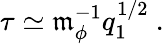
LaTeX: \tau\simeq\mathfrak{m}_{\phi}^{-1}q_{1}^{1/2}\ .